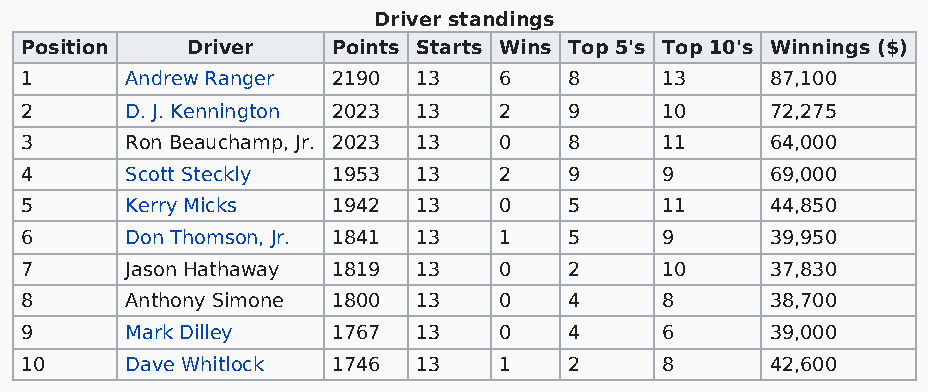
Driver standings
 Position   Driver    Points Starts Wins Top 5's Top 10's Winnings ($)
 1      Andrew Ranger 2190  13   6    8     13     87,100
 2      D. J. Kennington 2023 13 2    9     10     72,275
 3      Ron Beauchamp, Jr. 2023 13 0  8     11     64,000
 4      Scott Steckly 1953  13   2    9     9      69,000
 5      Kerry Micks   1942  13   0    5     11     44,850
 6      Don Thomson, Jr. 1841 13 1    5     9      39,950
 7      Jason Hathaway 1819 13   0    2     10     37,830
 8      Anthony Simone 1800 13   0    4     8      38,700
 9      Mark Dilley   1767  13   0    4     6      39,000
 10     Dave Whitlock 1746  13   1    2     8      42,600